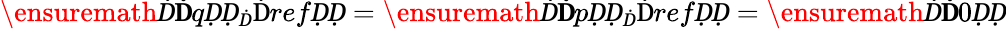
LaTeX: \ensuremath Ḋ\mathbf ḊqḌḌ_{Ḋ}\mathrm{Ḋ}refḌḌ=\ensuremath Ḋ\mathbf ḊpḌḌ_{Ḋ}\mathrm{Ḋ}refḌḌ=\ensuremath Ḋ\mathbf Ḋ0ḌḌ